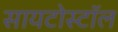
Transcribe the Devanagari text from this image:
सायटोस्टॉल